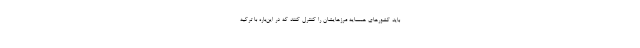
باید کشورهای همسایه مرزهایشان را کنترل کنند که در این‌باره با ترکیه